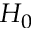
H _ { 0 }